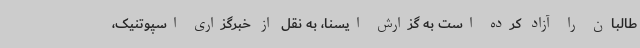
طالبان را آزاد کرده است به گزارش ایسنا، به نقل از خبرگزاری اسپوتنیک،